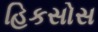
હિકસોસ